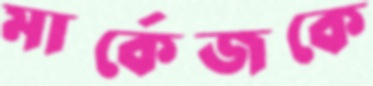
মার্কেজকে